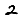
Digit: 2